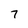
Character: 7